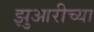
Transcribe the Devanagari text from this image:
झुआरीच्या